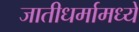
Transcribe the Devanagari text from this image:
जातीधर्मामध्ये